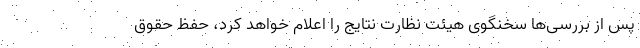
پس از بررسی‌ها سخنگوی هیئت نظارت نتایج را اعلام خواهد کرد، حفظ حقوق